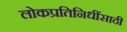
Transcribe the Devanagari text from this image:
लोकप्रतिनिधींसाठी